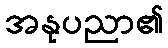
အနုပညာ၏